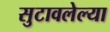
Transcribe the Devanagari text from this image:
सुटावलेल्या